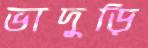
ভাদুড়ি